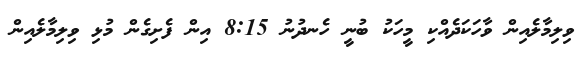
ވިލިމާލެއިން ވާހަކަދެއްކި މީހަކު ބުނީ ހެނދުނު 8:15 އިން ފެށިގެން މުޅި ވިލިމާލެއިން